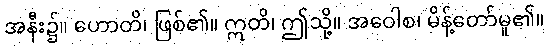
အနီး၌။ ဟောတိ၊ ဖြစ်၏။ ဣတိ၊ ဤသို့။ အဝေါစ၊ မိန့်တော်မူ၏။